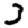
Digit: 3